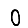
Digit: 0